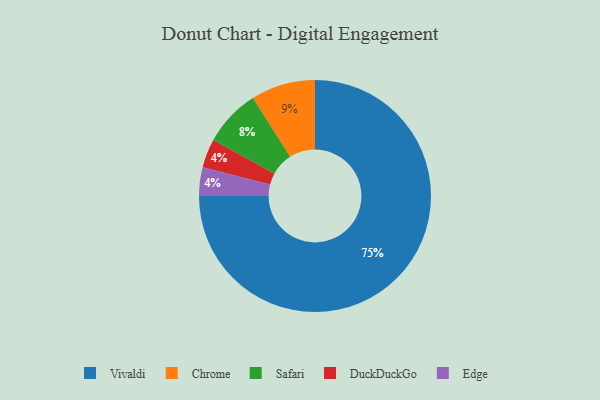
{"axis": {"x": "Category", "y": "Percentage"}, "legend": ["Chrome", "DuckDuckGo", "Edge", "Safari", "Vivaldi"], "data": [{"x": "Chrome", "y": 9, "type": "Chrome"}, {"x": "DuckDuckGo", "y": 4, "type": "DuckDuckGo"}, {"x": "Safari", "y": 8, "type": "Safari"}, {"x": "Vivaldi", "y": 75, "type": "Vivaldi"}, {"x": "Edge", "y": 4, "type": "Edge"}]}